King Institute of Preventive Medicine Bacteriolog. Section reports 1907-08
Year: 1907
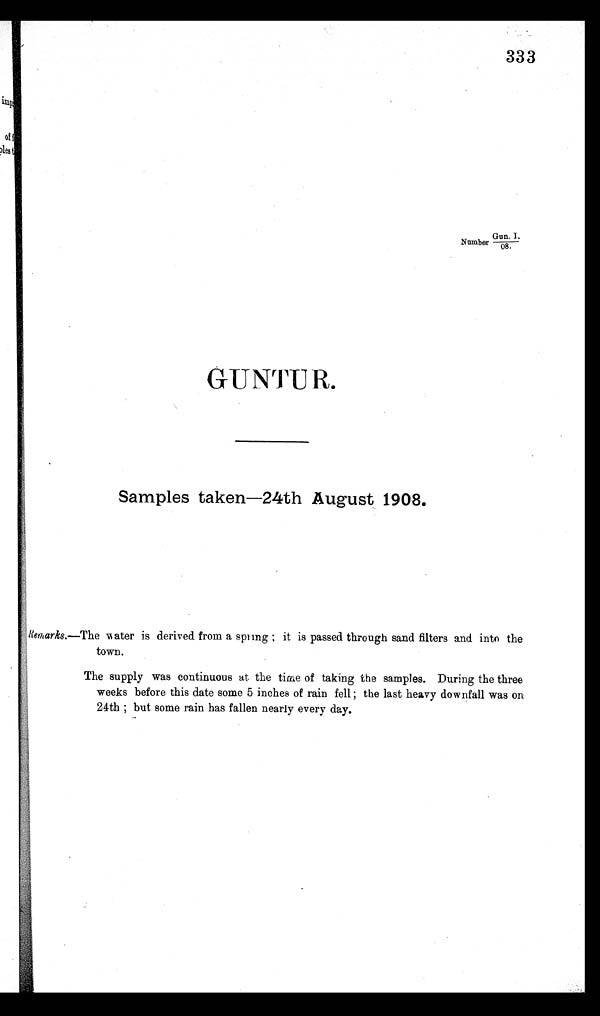
333
Gun.. 1.
Number————
0 8 .
GUNTUR.
Samples taken-24th August 1908.
R e m a r k s . — T h e w a t e r
i s d e r i v e d f r o m a s p i i n g ; i t i s p a s s e d t h r o u g h s a n d f i l t e r s a n d i n t o t h e
town.
The supply was continuous at the time of taking the samples. During the three
weeks before this date some 5 inches of rain fell; the last heavy downfall was on
24th ; but some rain has fallen nearly every day.